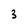
Character: 3